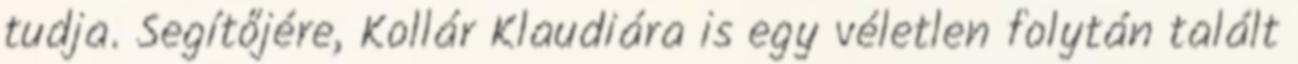
tudja. Segítőjére, Kollár Klaudiára is egy véletlen folytán talált